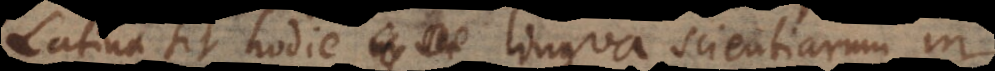
Latina sit hodie lingua scientiarum in